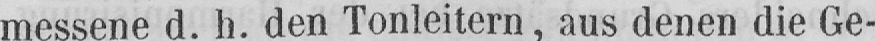
messene d. h. den Tonleitern, aus denen die Ge-